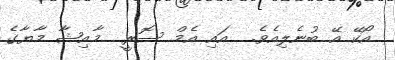
އޯކޭ އޭ ބުނެލިއެވެ.  އައި އެމް ސޮރީ  މާއިޝާ މާޔާގެ